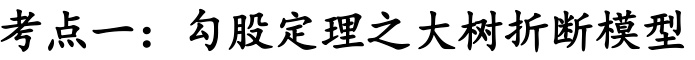
考点一：勾股定理之大树折断模型